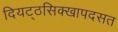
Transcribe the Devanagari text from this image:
दियट्ठसिक्खापदसत